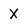
Character: X